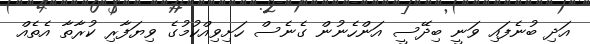
އަދި ބުނެފައި ވަނީ ބިދޭސީ އަންހެނުން ގެނެސް ހަށިވިއްކުމުގެ ވިޔަފާރި ކުރާތާ އެތެއް